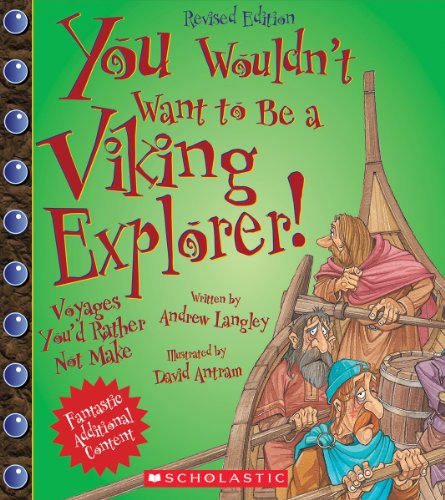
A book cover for You Wouldn't Want to Be a Viking Explorer! (Revised Edition); Andrew Langley; Children's Books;